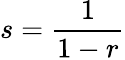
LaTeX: s={\frac{1}{1-r}}